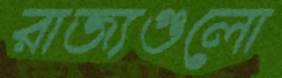
রাজ্যগুলো